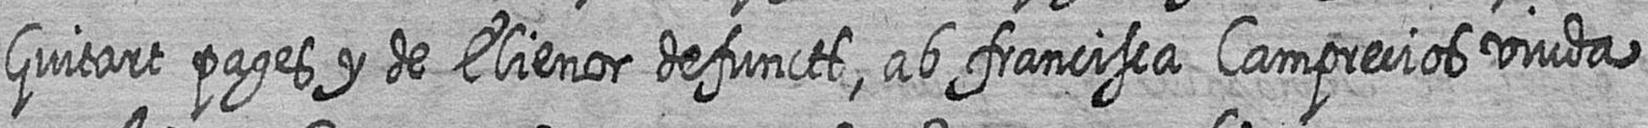
Guitart pages y de Elienor defuncts ab francisca Camprecios viuda